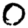
Digit: 0